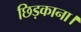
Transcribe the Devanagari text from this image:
छिड़काना।